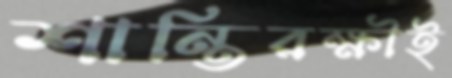
শান্তিরক্ষীই